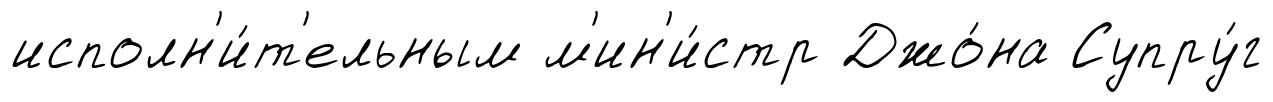
исполн'и́т'ельным м'ин'и́стр Джо́на Супру́г